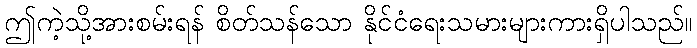
ဤကဲ့သို့အားစမ်းရန် စိတ်သန်သော နိုင်ငံရေးသမားများကားရှိပါသည်။